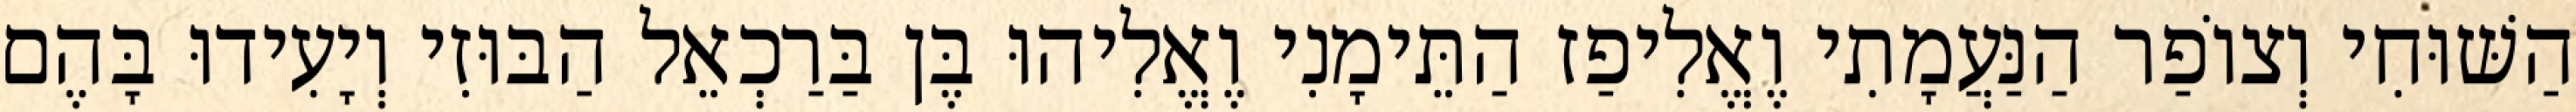
הַשּׁוּחִי וְצוֹפַר הַנַּעֲמָתִי וֶאֱלִיפַז הַתֵּימָנִי וֶאֱלִיהוּ בֶּן בַּרַכְאֵל הַבּוּזִי וְיָעִידוּ בָּהֶם